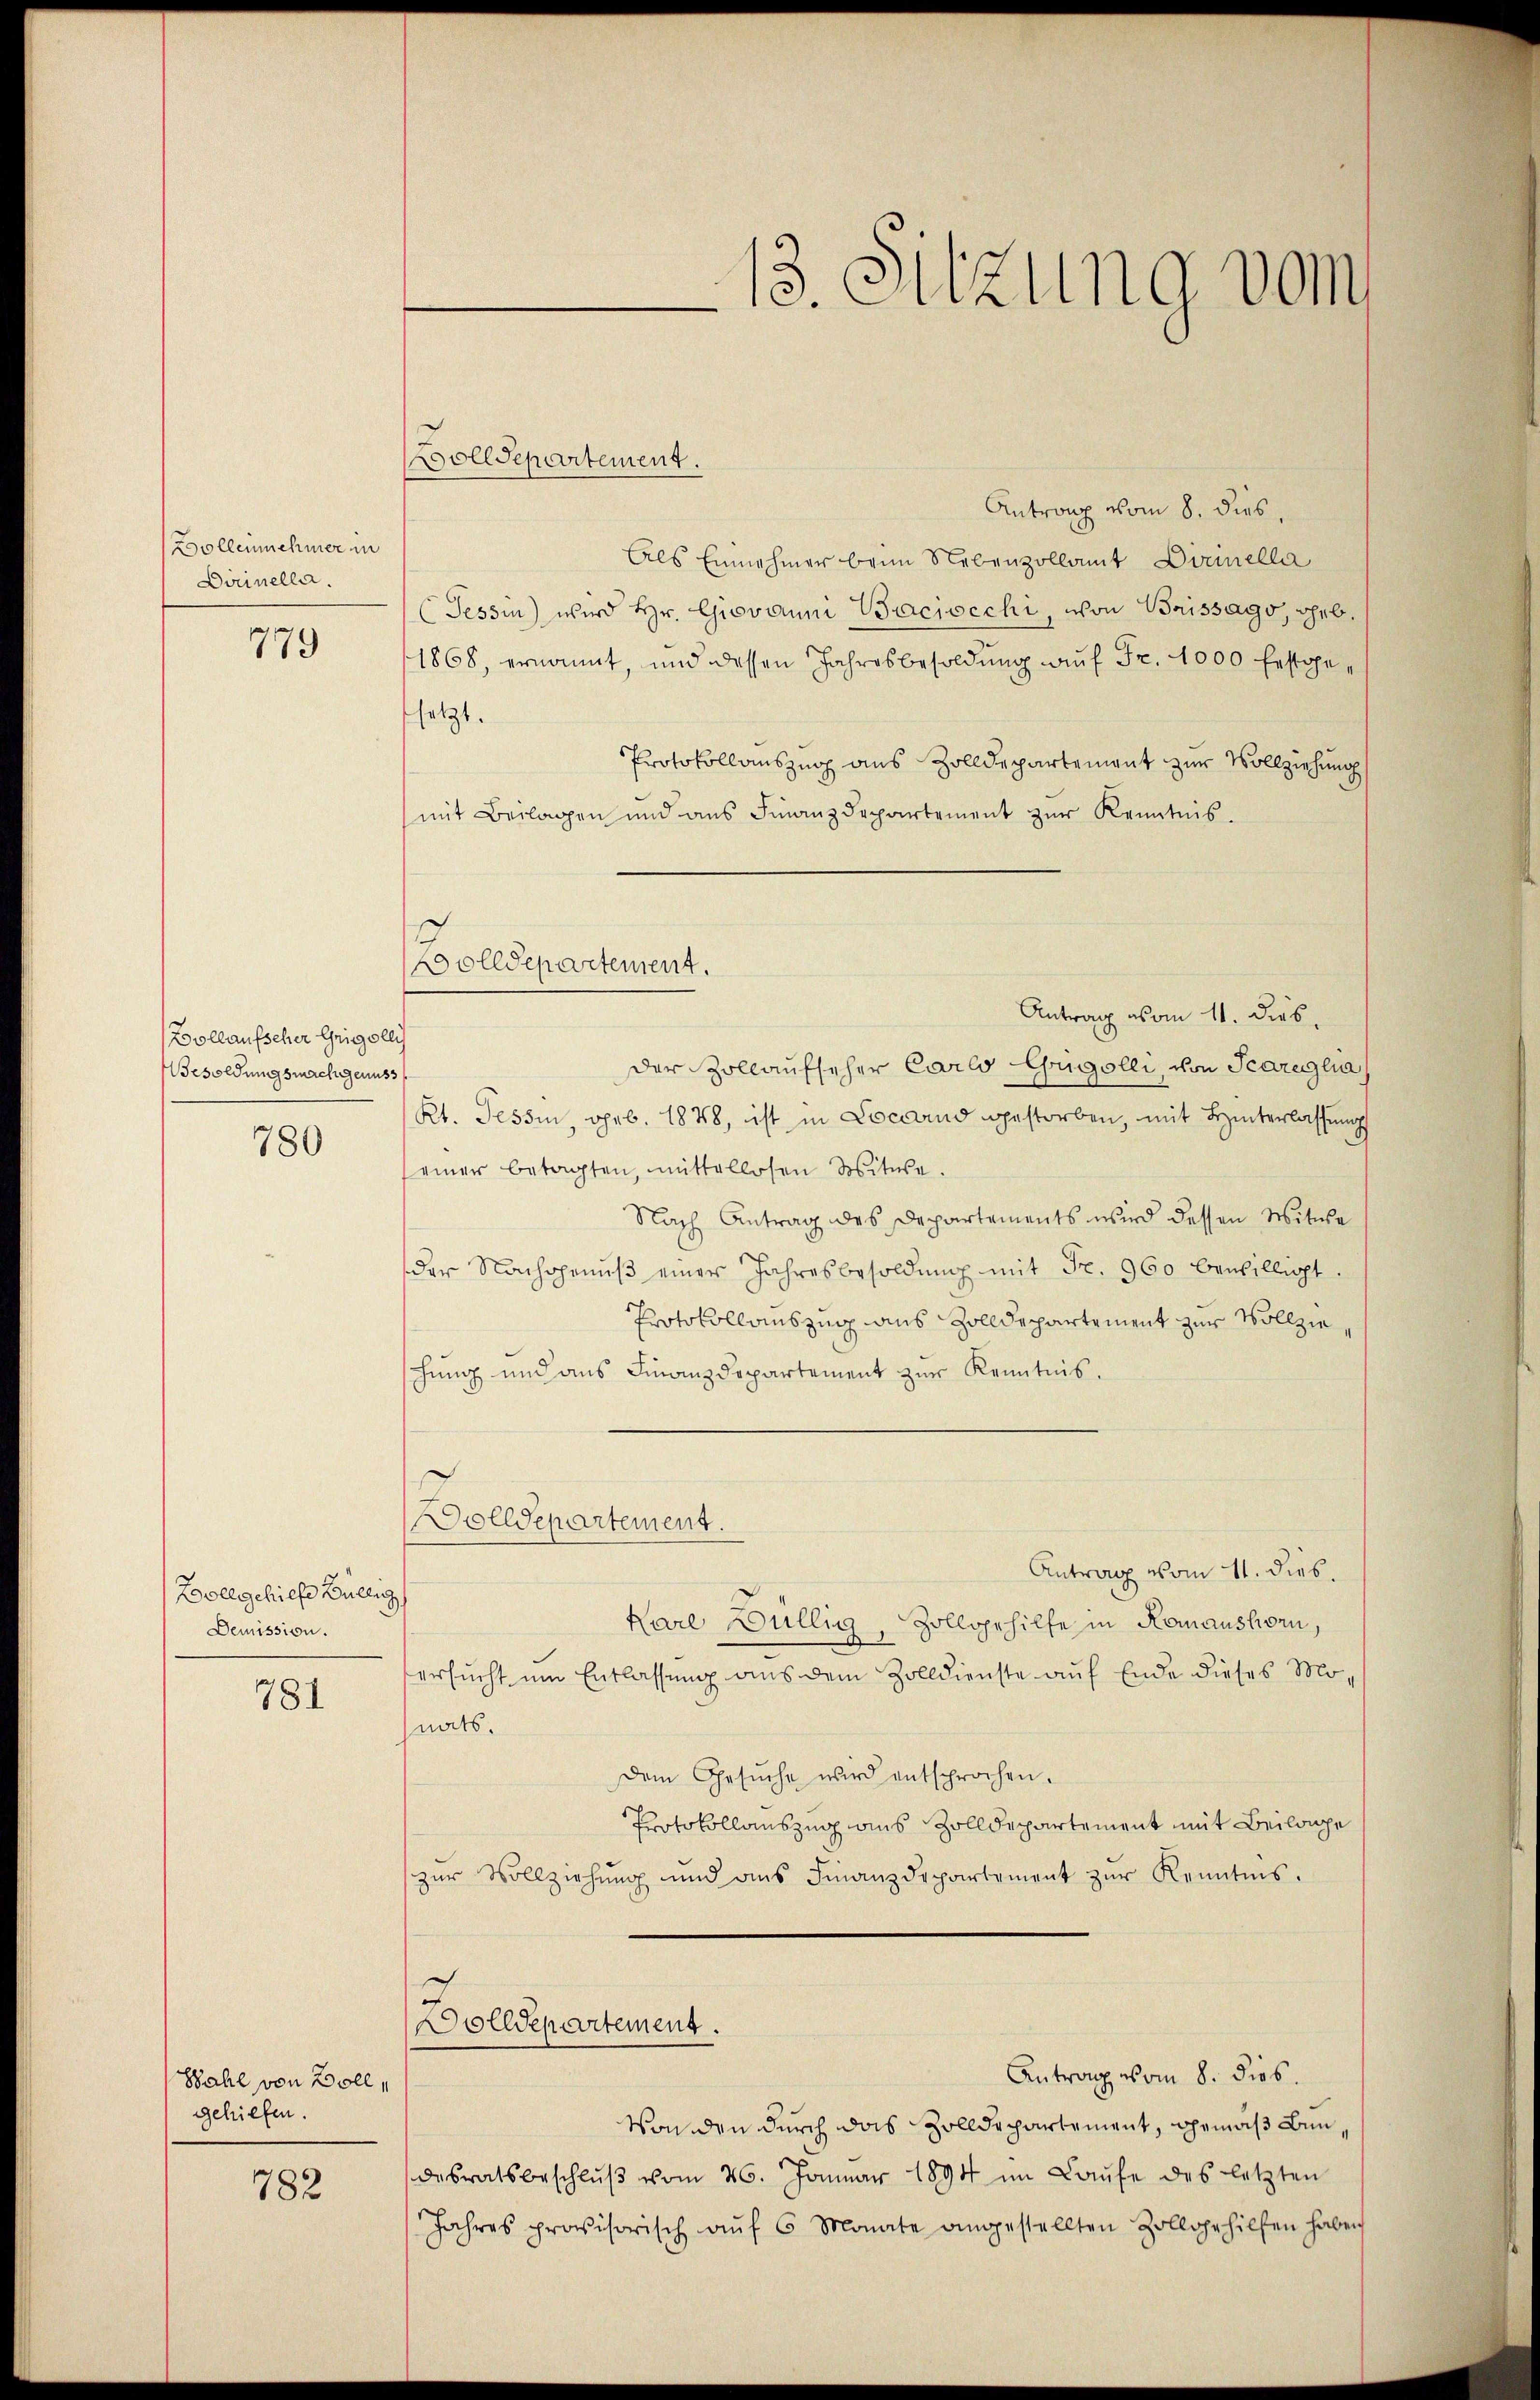
Dollennehmer in
Dirinella.

779

Bollaufscher Geigolli
Besoldungsmachgenuss

780

Boll gehilfe Billig
Demission.

781

Wahl von Boll,
gehilfen.

782

Antrag vom 8. dies,
Als Einnehmer beim Nebenzollamt Donnella
(Tessin wird Hr. Giovanni Baciocchi, von Baissago, geb.
1868, ernannt, und dessen Jahresbesoldŭng aŭf Fr. 4000 festgesetzt.
Protokollauszug aus Zolldepartement zur Vollziehung
mit Beilagen und ans Finanzdepartement zŭr Kenntnis.
Antrag vom 11. Dieb.
der Zollaufseher Carlo Guigolli, von Scareilia
Kt. Tessin, geb. 1878, ist in Locarno gestorben, mit Hinterlassŭngs
einer betagten, mittellosen Witwe.
Nach Antrag des Departements wird dessen Witwe
der Nachgenŭβ einer Jahresbesoldŭng mit Fr. 960 bewilligt.
Protokollauszug aus Zolldepartement zur Vollzieschung und aus Finanzdepartement zur Kenntnis.
Dolldepartement.
Antrag vom 11. dies.
Kare Dullig, Zollgehilfe in Romanshorn,
ersucht um Entlassung aus dem Zolldienste auf Ende dieses Monats.
Dem Gesŭche wird entsprochen.
Protokollauszug aus Zolldepartement mit Beilage
zŭr Vollziehŭng und ans Finanzdepartement zŭr Kenntnis.
h
olldepartement.
Antrag vom 8. dies.
Von den durch das Zolldepartement, gemäß Bundesratsbeschlŭβ vom 26. Januar 1894 im Laŭfe des letzten
Jahres provisorisch aŭf 6 Monate angestellten Zollgehilfen haben

Wolldepartement.

Koolldepartement.

13. Sitzung vom